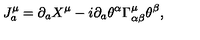
J _ { a } ^ { \mu } = \partial _ { a } X ^ { \mu } - i \partial _ { a } \theta ^ { \alpha } \Gamma _ { \alpha \beta } ^ { \mu } \theta ^ { \beta } ,